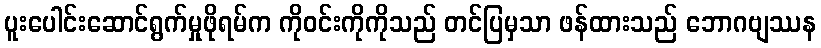
ပူးပေါင်းဆောင်ရွက်မှုဖိုရမ်က ကိုဝင်းကိုကိုသည် တင်ပြမှသာ ဖန်ထားသည် ဘောဂဗျဿန